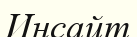
Инсайт